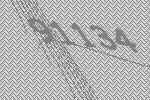
91134